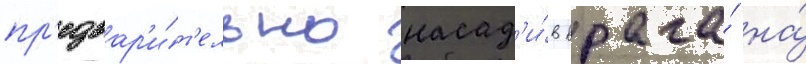
пр'едвар'и́т'ельно насад'и́в врага́ на́